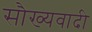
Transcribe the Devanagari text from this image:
सौख्यवादी